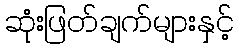
ဆုံးဖြတ်ချက်များနှင့်